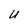
Character: U